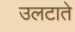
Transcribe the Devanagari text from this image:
उलटाते